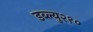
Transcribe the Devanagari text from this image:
डब्ल्यु२१०